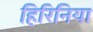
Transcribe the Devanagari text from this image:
हिरिनिया